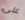
على